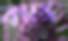
ব্যাঙ্গ